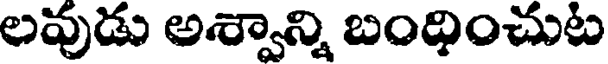
లవుడు అశ్వాన్ని బంధించుట